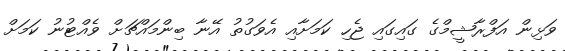
ވަޅިން އަފްރާޝީމްގެ ގައިގައި ޖެހި ކަމަށާއި އެވަގުތު އޭނާ ބިންމައްޗަށް ވެއްޓުނު ކަމަށް